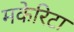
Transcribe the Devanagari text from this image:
मकेरिटा